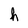
Character: h